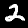
Label: 2